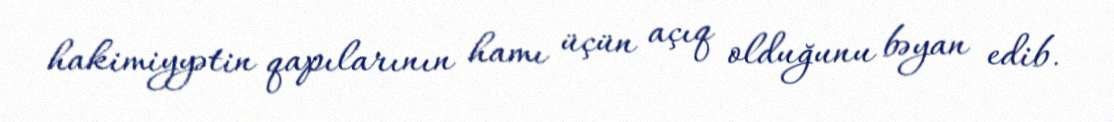
hakimiyyətin qapılarının hamı üçün açıq olduğunu bəyan edib.